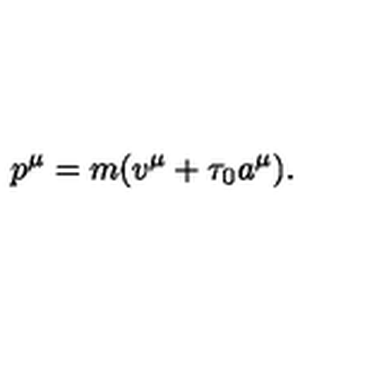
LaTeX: p ^ { \mu } = m ( v ^ { \mu } + \tau _ { 0 } a ^ { \mu } ) .